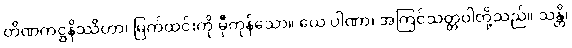
တိဏကဋ္ဌနိဿိတာ၊ မြက်ထင်းကို မှီကုန်သော။ ယေ ပါဏာ၊ အကြင်သတ္တဝါတို့သည်။ သန္တိ၊